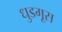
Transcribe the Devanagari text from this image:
धुडगूस